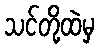
သင်တို့ထဲမှ